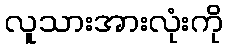
လူသားအားလုံးကို